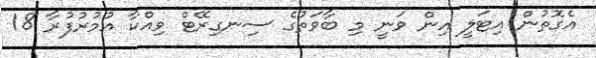
އެގޮތުން އިޓަލީ އިން ވަނީ މި ބާވަތުގެ ސިނގިރޭޓް ވިއްކާ އުމުރުފުރާ 18